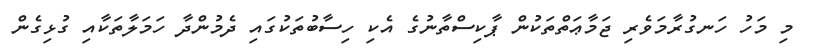
މި މަހު ހަނގުރާމަވެރި ޖަމާޢަތްތަކުން ޕާކިސްތާނުގެ އެކި ހިސާބުތަކުގައި ދެމުންދާ ހަމަލާތަކާއި ގުޅިގެން